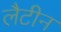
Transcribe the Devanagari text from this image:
लैटीन